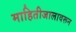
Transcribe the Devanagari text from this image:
माहितीजालावरून